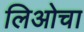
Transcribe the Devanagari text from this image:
लिओचा